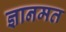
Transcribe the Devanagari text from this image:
ज्ञानमत